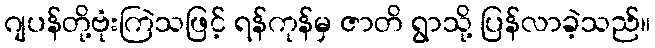
ဂျပန်တို့ဗုံးကြဲသဖြင့် ရန်ကုန်မှ ဇာတိ ရွာသို့ ပြန်လာခဲ့သည်။